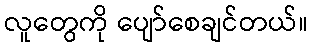
လူတွေကို ပျော်စေချင်တယ်။